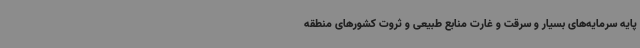
پایه سرمایه‌های بسیار و سرقت و غارت منابع طبیعی و ثروت کشورهای منطقه